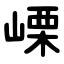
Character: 㟳